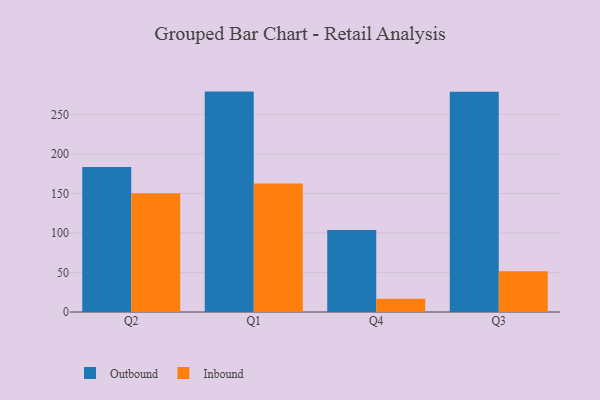
{"axis": {"x": "Quarter", "y": "Tickets Resolved"}, "legend": ["Inbound", "Outbound"], "data": [{"x": "Q2", "y": 183.4, "type": "Outbound"}, {"x": "Q2", "y": 150.2, "type": "Inbound"}, {"x": "Q1", "y": 278.9, "type": "Outbound"}, {"x": "Q1", "y": 162.7, "type": "Inbound"}, {"x": "Q4", "y": 103.7, "type": "Outbound"}, {"x": "Q4", "y": 16.8, "type": "Inbound"}, {"x": "Q3", "y": 278.7, "type": "Outbound"}, {"x": "Q3", "y": 51.6, "type": "Inbound"}]}